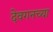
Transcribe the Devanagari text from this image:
देवगनच्या